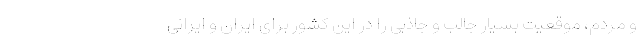
و مردم، موقعیت بسیار جالب و جاذبی را در این کشور برای ایران و ایرانی